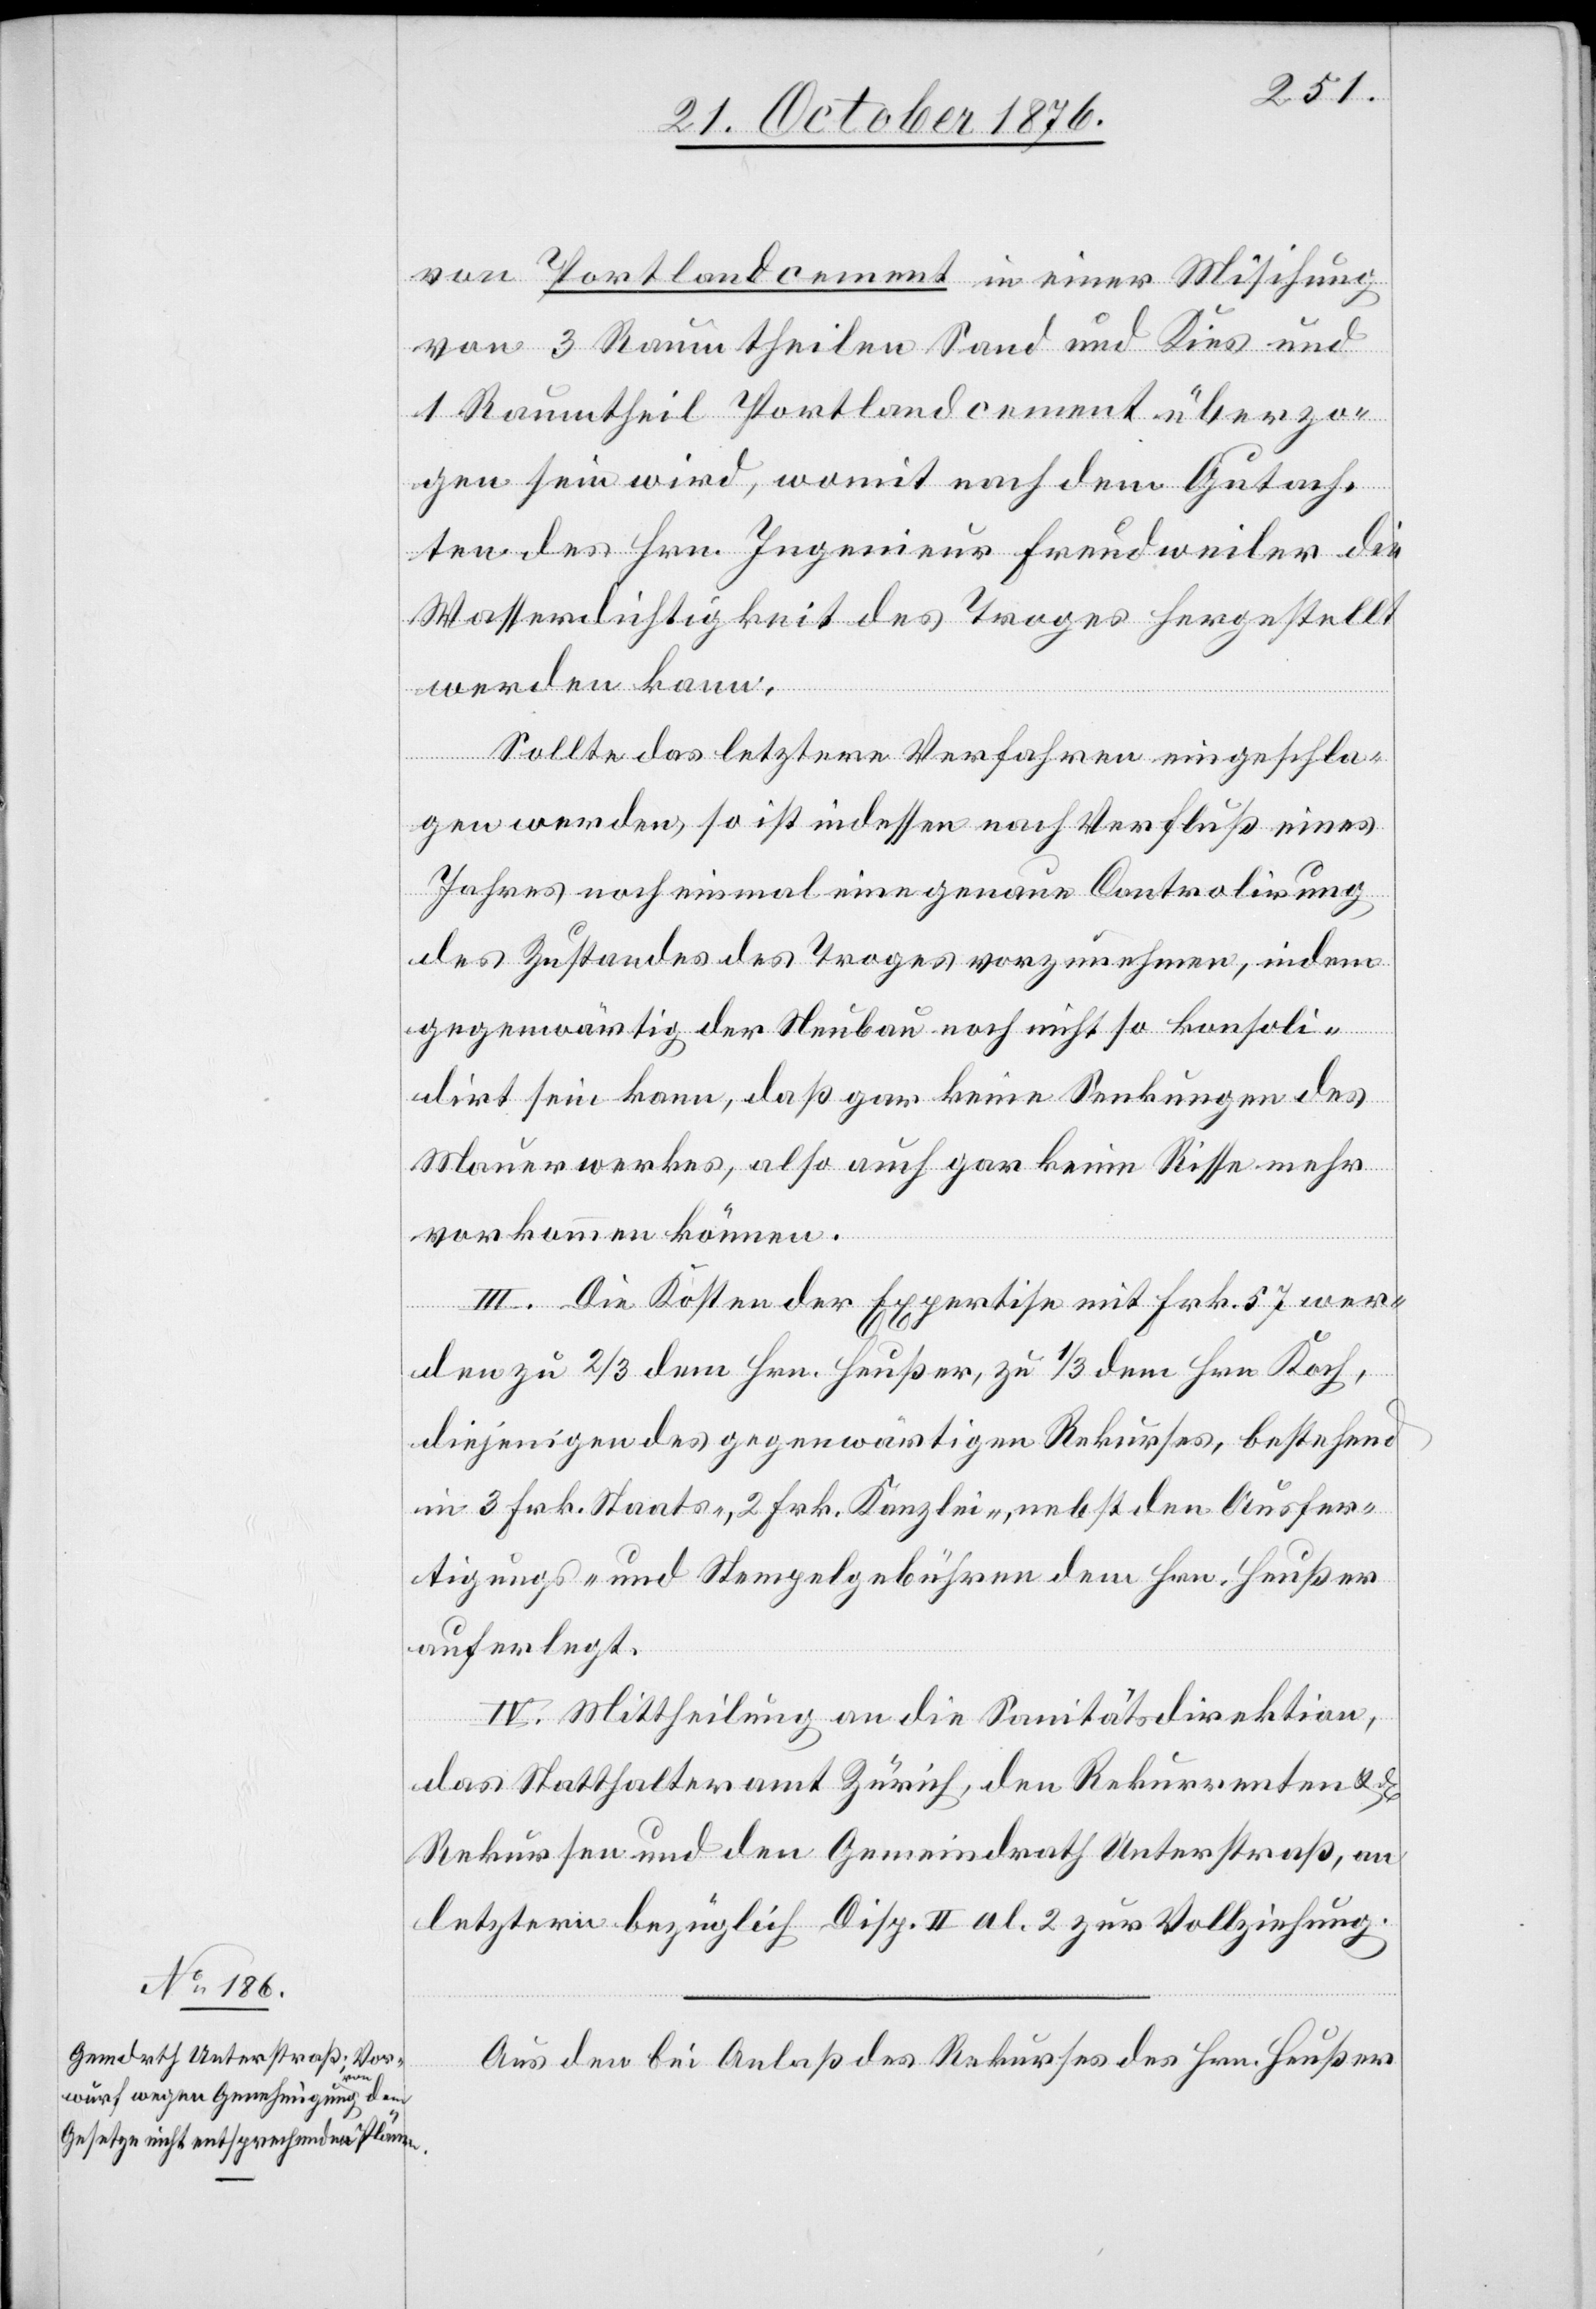
von Portlandcement in einer Mischung
von 3 Raumtheilen Sand und Kies und
1 Raumtheil Portlandcement überzo¬
gen sein wird, womit nach dem Gutach¬
ten des Hrn. Ingenieur Freudweiler die
Wasserdichtigkeit des Troges hergestellt
werden kann.
Sollte das letztere Verfahren eingeschla¬
gen werden, so ist indessen nach Verfluß eines
Jahres noch einmal eine genaue Controlirung
des Zustandes des Troges vorzunehmen, indem
gegenwärtig der Neubau noch nicht so konsoli¬
dirt sein kann, daß gar keine Senkungen des
Mauerwerkes, also auch gar keine Risse mehr
vorkommen können.
II. Die Kosten der Expertise mit Frk. 57 wer¬
den zu 2/3 dem Hrn. Heußer, zu 1/3 dem Hrn. Koch,
diejenigen des gegenwärtigen Rekurses, bestehend
in 3 Frk. Staats-, 2 Frk. Kanzlei-, nebst den Ausfer¬
tigungs- und Stempelgebühren dem Hrn. Heußer
auferlegt.
IV. Mittheilung an die Sanitätsdirektion,
das Statthalteramt Zürich, den Rekurrenten &
Rekursen und den Gemeindrath Unterstraß, an
letztern bezüglich Disp. II al. 2 zur Vollziehung.
Aus den bei Anlaß des Rekurses des Hrn. Heußer